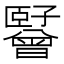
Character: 𬛪